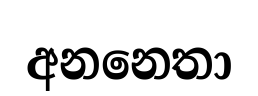
අනනෙතා